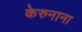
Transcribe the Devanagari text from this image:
केरुनाना